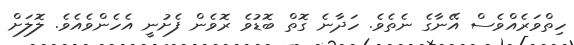
ހިތްވަރެއްވެސް އޭނާގެ ނެތެވެ. ހަދާނެ ގޮތް ބޮޑުވެ ރޮވެން ފެށުނީ އެހެންވެއެވެ. ލޮލަށް